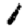
Digit: 1